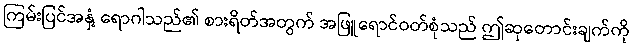
ကြမ်းပြင်အနှံ့ ရောဂါသည်၏ စားရိတ်အတွက် အဖြူရောင်ဝတ်စုံသည် ဤဆုတောင်းချက်ကို